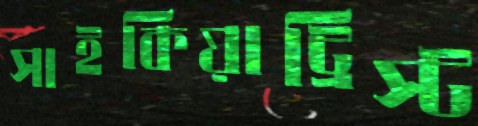
সাইকিয়াট্রিস্ট